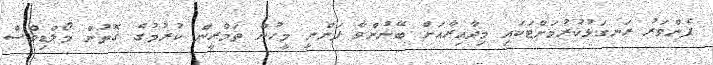
ފެންވަރު ރަނގަޅުކުރުމަށްޓަކައި މިދާއިރާއަށް ބޭނުންވާ ފަންނީ މީހުން ތަމްރީން ކުރުމުގެ ގޮތުން މޯލްޑިވްސް